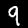
Label: 9